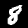
Label: 8